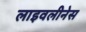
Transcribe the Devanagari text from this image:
लाइवलीनेस